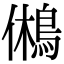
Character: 鵂